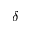
\delta